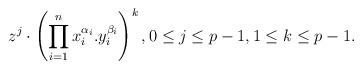
LaTeX: \begin{align*} z^j\cdot \left(\prod_{i=1}^n x_i^{\alpha_i}.y_i^{\beta_i}\right)^k, 0\le j\le p-1, 1\le k \le p-1.\end{align*}